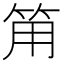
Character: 𰩵